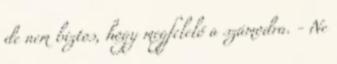
de nem biztos, hogy megfelelő a számodra. - Ne